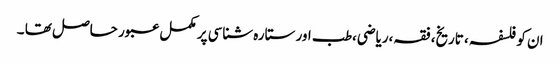
ان کو فلسفہ ، تاریخ، فقہ،ریاضی،طب اور ستارہ شناسی پر مکمل عبور حاصل تھا ۔